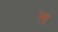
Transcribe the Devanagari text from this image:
ऩ